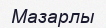
Мазарлы